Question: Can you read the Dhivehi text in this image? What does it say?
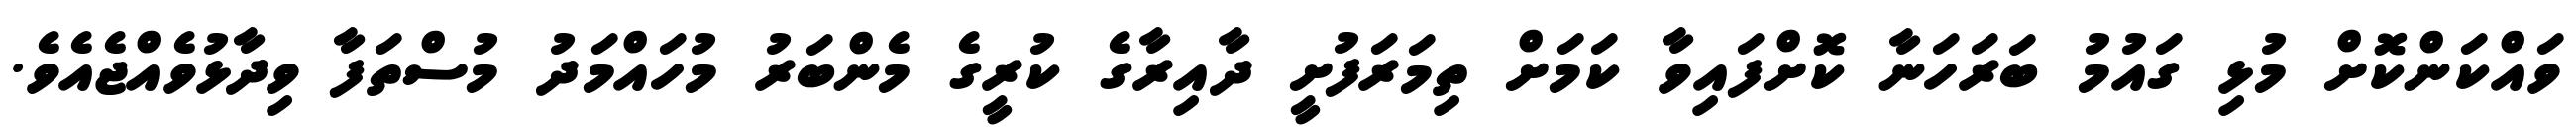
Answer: ވައްކަންކޮށް މުޅި ގައުމު ބަރަހަނާ ކޮށްފައިވާ ކަމަށް ތިމަރަފުށީ ދާއިރާގެ ކުރީގެ މެންބަރު މުހައްމަދު މުސްތަފާ ވިދާޅުވެއްޖެއެވެ.